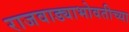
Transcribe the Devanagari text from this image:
राजवाड्याभोवतीच्या